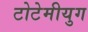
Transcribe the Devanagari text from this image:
टोटेमीयुग